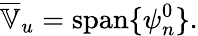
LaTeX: \overline{{\mathbb{V}}}_{u}=\operatorname{span}\{ \psi_{n}^{0}\} .